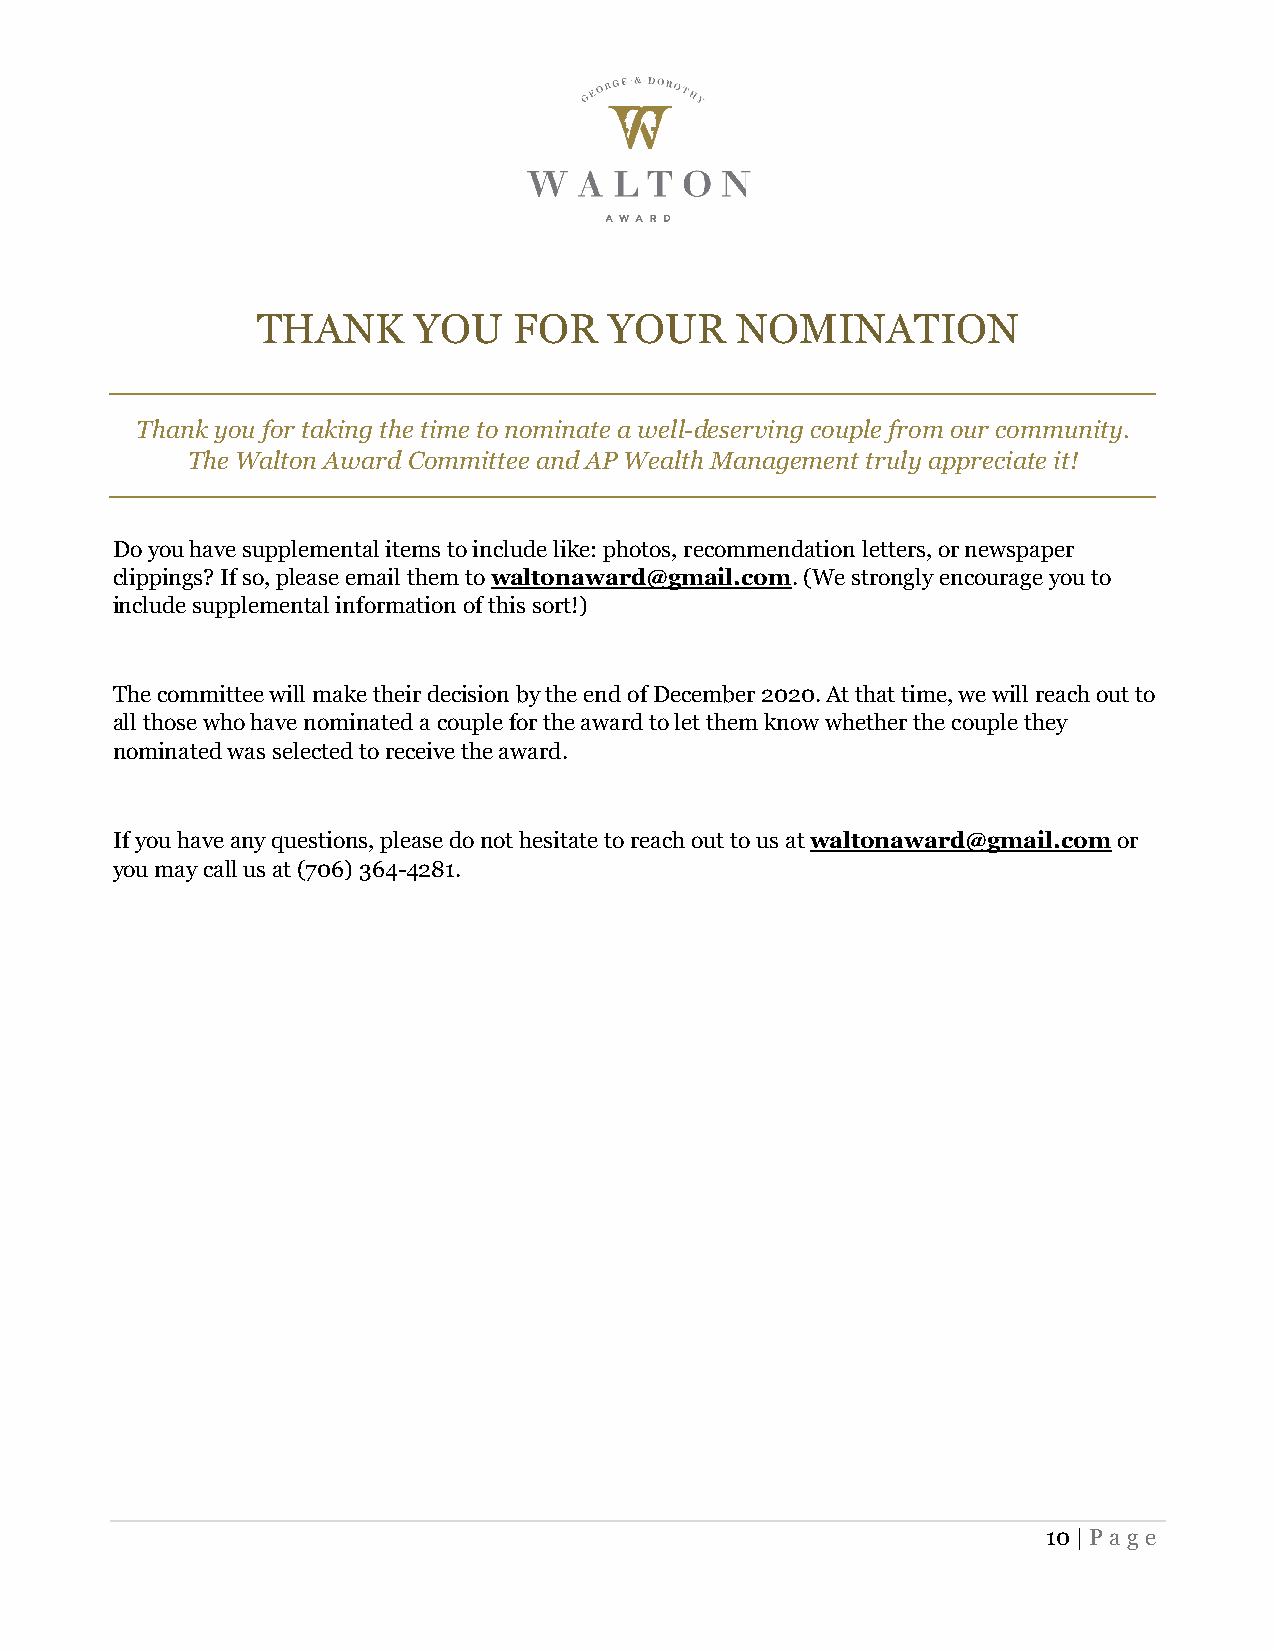
THANK     YOU    FOR   YOUR     NOMINATION
 Thank you for taking the time to nominate a well-deserving couple from our community.
 The Walton Award Committee and AP Wealth Management truly appreciate it!
 Do you have supplemental items to include like: photos, recommendation letters, or newspaper
 clippings? If so, please email them to waltonaward@gmail.com. (We strongly encourage you to
 include supplemental information of this sort!)
 The committee will make their decision by the end of December 2020. At that time, we will reach out to
 all those who have nominated a couple for the award to let them know whether the couple they
 nominated was selected to receive the award.
 If you have any questions, please do not hesitate to reach out to us at waltonaward@gmail.com or
 you may call us at (706) 364-4281.
 10 | Page